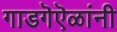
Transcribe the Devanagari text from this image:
गाडगॆऎळांनी